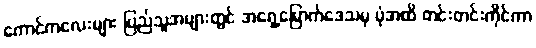
ကောင်ကလေးများ ပြည်သူအများတွင် အရှေ့မြောက်ဒေသမှ ပုံအထိ တင်းတင်းကိုင်ကာ